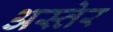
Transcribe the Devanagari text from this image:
अस्तेर